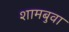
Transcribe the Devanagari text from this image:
शामबुवा